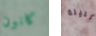
كانون الليلة